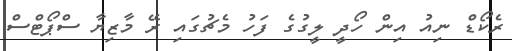
ރެކޯޑް ނިއު އިން ހޯދީ ލީގުގެ ފަހު މެޗުގައި ރޭ މާޒިޔާ ސްޕޯޓްސް